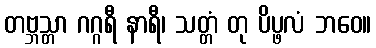
တဗ္ဘသ္တာ ဂဂ္ဂရီ နာရီ၊ သတ္တံ တု ပိပ္ဖလံ ဘဝေ။